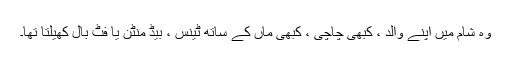
وہ شام میں اپنے والد ، کبھی چاچی ، کبھی ماں کے ساتھ ٹینس ، بیڈ منٹن یا فٹ بال کھیلتا تھا۔